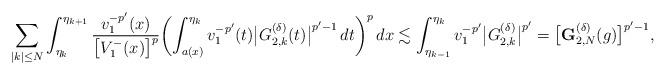
LaTeX: \begin{align*}\sum_{|k|\le N}\int_{\eta_{k}}^{\eta_{k+1}} \frac{v_1^{-p'}(x)}{\bigl[V_1^-(x)\bigr]^{p}} \biggl(\int_{a(x)}^{\eta_{k}}v_1^{-p'}(t)\bigl|G^{(\delta)}_{2,k}(t)\bigr|^{p'-1}\,dt\biggr)^p\,dx\lesssim\int_{\eta_{k-1}}^{\eta_k}v_1^{-p'}\bigl|G_{2,k}^{(\delta)}\bigr|^{p'}=\bigl[\mathbf{G}^{(\delta)}_{2,N}(g)\bigr]^{p'-1},\end{align*}